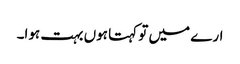
ارے میں تو کہتا ہوں بہت ہوا۔